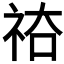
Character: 𥙗